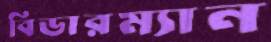
বিডারম্যান